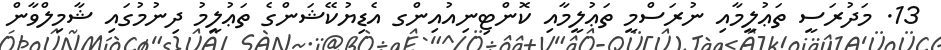
13. މަދުރަސީ ތަޢުލީމާއި ނުރަސްމީ ތަޢުލީމާއި ކޮންޓިނިއުއިންގ އެޑިޔުކޭޝަންގެ ތަޢުލީމު ދިނުމުގައި ޝާމިލްވާން